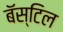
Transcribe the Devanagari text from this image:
बॅस्टिल